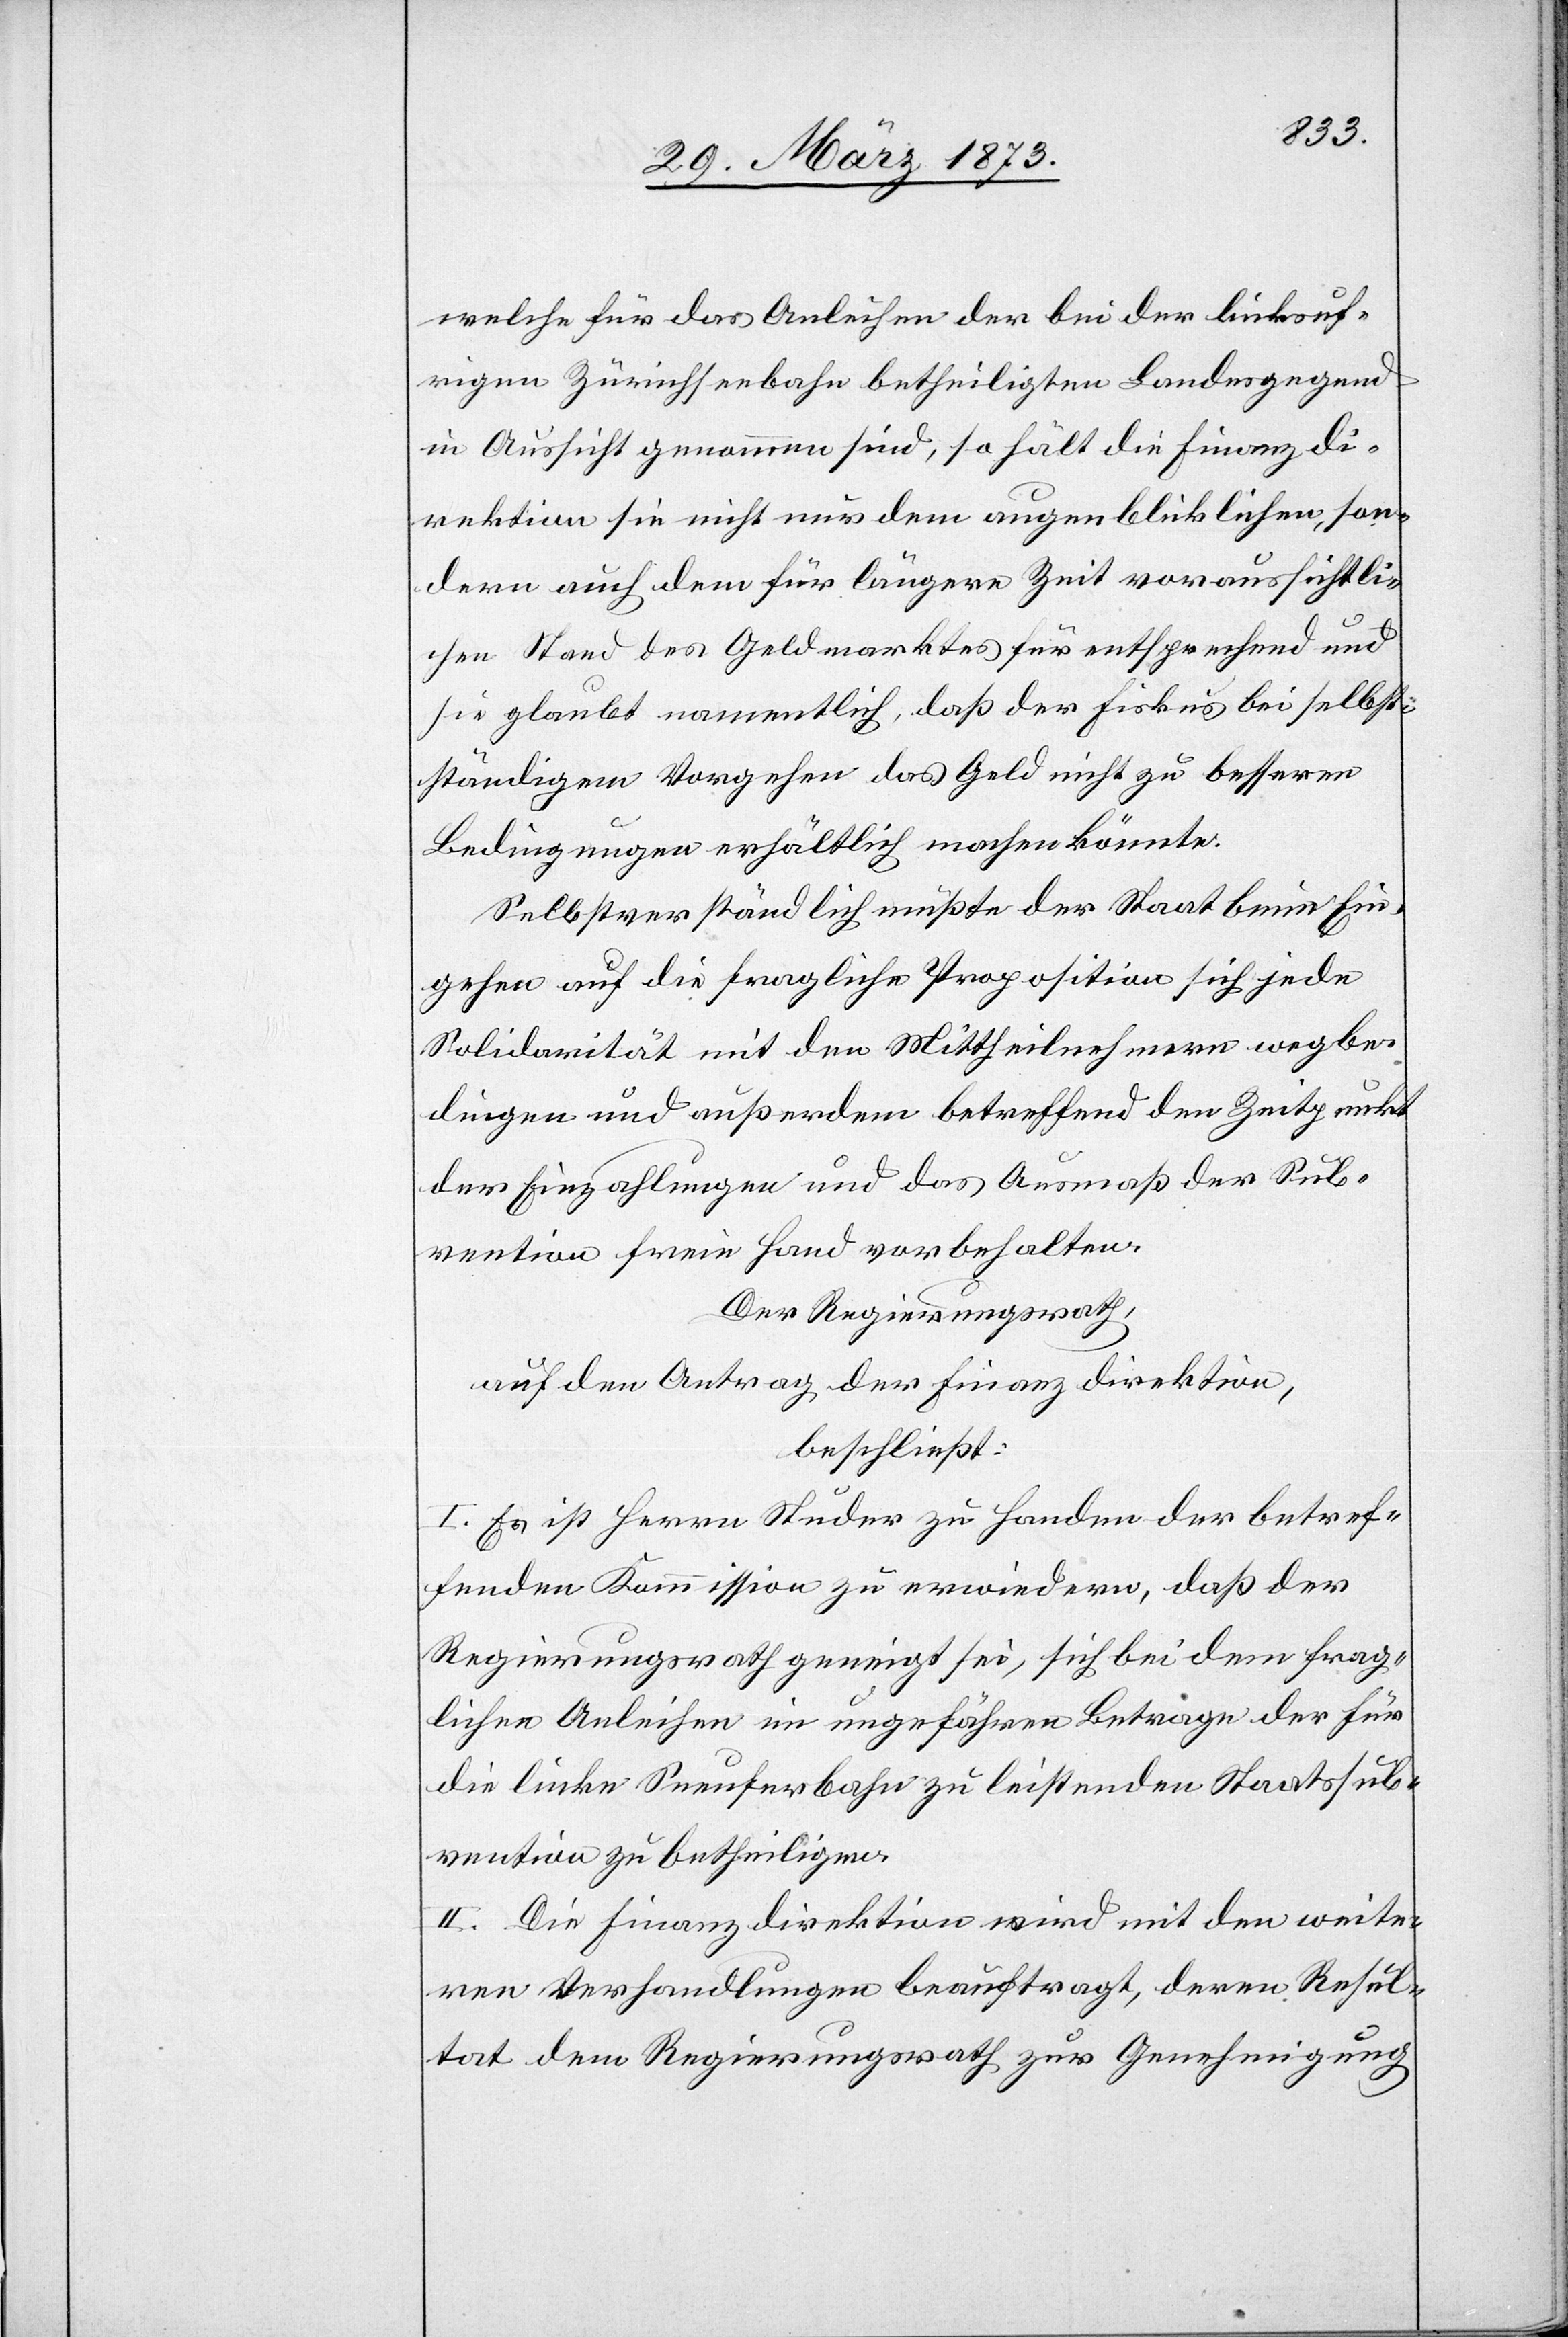
welche für das Anleihen der bei der linksuf¬
rigen Zürichseebahn betheiligten Landesgegend
in Aussicht genommen sind, so hält die Finanzdi¬
rektion sie nicht nur dem augenblicklichen, son¬
dern auch dem für längere Zeit voraussichtli¬
chen Stand des Geldmarktes für entsprechend und
sie glaubt namentlich, daß der Fiskus bei selbst¬
ständigem Vorgehen das Geld nicht zu besseren
Bedingungen erhältlich machen könnte.
Selbstverständlich müßte der Staat beim Ein¬
gehen auf die fragliche Proposition sich jede
Solidarität mit den Mittheilnehmern wegbe¬
dingen und außerdem betreffend den Zeitpunkt
der Einzahlungen und das Ausmaß der Sub¬
vention freie Hand vorbehalten.
Der Regierungsrath,
auf den Antrag der Finanzdirektion,
beschließt:
I. Es ist Herrn Studer zu Handen der betref¬
fenden Kommission zu erwiedern, daß der
Regierungsrath geneigt sei, sich bei dem frag¬
lichen Anleihen im ungefähren Betrage der für
die linke Seeuferbahn zu leistenden Staatssub¬
vention zu betheiligen.
II. Die Finanzdirektion wird mit den weite¬
ren Verhandlungen beauftragt, deren Resul¬
tat dem Regierungsrath zur Genehmigung